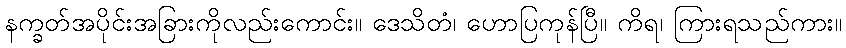
နက္ခတ်အပိုင်းအခြားကိုလည်းကောင်း။ ဒေသိတံ၊ ဟောပြကုန်ပြီ။ ကိရ၊ ကြားရသည်ကား။